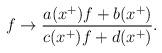
LaTeX: \begin{align*}f \rightarrow \frac{a(x^{+})f+b(x^{+})}{c(x^{+})f+d(x^{+})}.\end{align*}